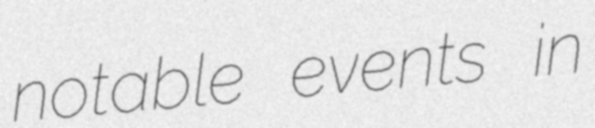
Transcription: notable events in